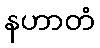
နဟာတံ